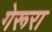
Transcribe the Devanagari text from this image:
गेरूरा